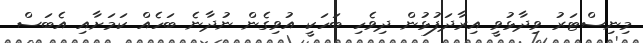
މިނިސްޓަރު ވިދާޅުވީ އިރާދަފުޅުން ދިވެހި ބަހަކީ އުވިގެން ނުދާނެ ބަހެއް ކަމަށާއި އެބަސް